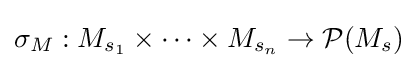
\sigma _{M}:M_{s_{1}}\times \dots \times M_{s_{n}}\to {\mathcal {P}}(M_{s})